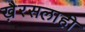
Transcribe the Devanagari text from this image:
खै़रसलाही